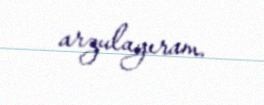
arzulayıram.